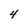
Character: 4